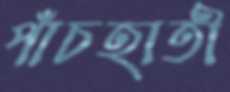
পাঁচহাতী